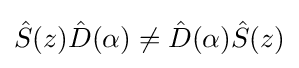
{\hat {S}}(z){\hat {D}}(\alpha )\neq {\hat {D}}(\alpha ){\hat {S}}(z)